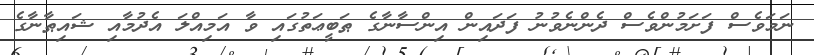
ނަމަވެސް ފަށަމުންވެސް ދެންނެވުނު ފަދައިން އިންސާނާގެ ޠަބީޢަތުގައި ވާ އަމިއްލަ އެދުމާއި ޝައިޠާނާގެ